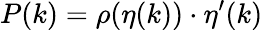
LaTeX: P(k)=\rho(\eta(k))\cdot\eta^{\prime}(k)